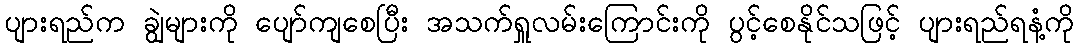
ပျားရည်က ချွဲများကို ပျော်ကျစေပြီး အသက်ရှူလမ်းကြောင်းကို ပွင့်စေနိုင်သဖြင့် ပျားရည်ရနံ့ကို